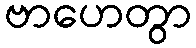
ဗာဟေတွာ